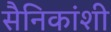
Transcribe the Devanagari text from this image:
सैनिकांशी